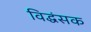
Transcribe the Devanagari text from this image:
विद्धंसक